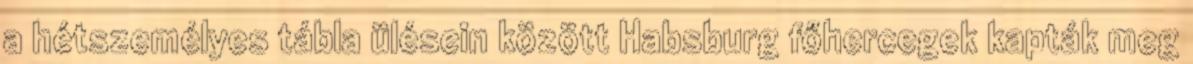
a hétszemélyes tábla ülésein között Habsburg főhercegek kapták meg